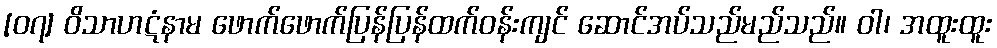
[၀၇] ဝိသာဟဋံနာမ ဖောက်ဖောက်ပြန်ပြန်ထက်ဝန်းကျင် ဆောင်အပ်သည်မည်သည်။ ဝါ၊ အထူးထူး